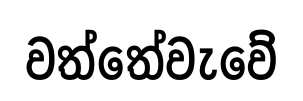
වත්තේවැවේ